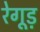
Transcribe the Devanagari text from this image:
रेगूड़